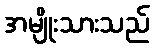
အမျိုးသားသည်